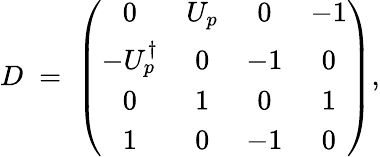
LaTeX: D\; =\; \left(\begin{array}{cccc}{{0}}&{{U_{p}}}&{{0}}&{{-1}}\\ {{-U_{p}^{\dagger}}}&{{0}}&{{-1}}&{{0}}\\ {{0}}&{{1}}&{{0}}&{{1}}\\ {{1}}&{{0}}&{{-1}}&{{0}}\end{array}\right),